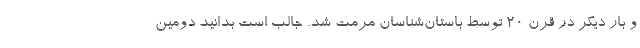
و بار دیگر در قرن 20 توسط باستان‌شناسان مرمت شد. جالب است بدانید دومین